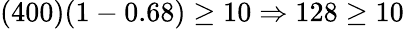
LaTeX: (400)(1-0.68)\geq 10\Rightarrow 128\geq 10